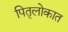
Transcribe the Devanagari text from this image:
पितृलोकात